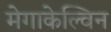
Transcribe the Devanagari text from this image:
मेगाकेल्विन